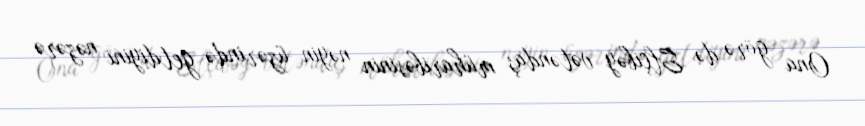
Ona görə də Elçibəy vətəndaş müharibəsinin nəyin üzərində getdiyini nəzərə